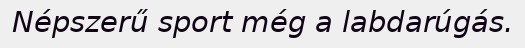
Népszerű sport még a labdarúgás.